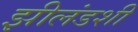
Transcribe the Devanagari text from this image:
झीलंडशी